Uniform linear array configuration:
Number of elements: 32
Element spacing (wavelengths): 1
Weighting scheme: binomial
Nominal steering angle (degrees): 15
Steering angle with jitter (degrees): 15.513
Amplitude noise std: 0.05
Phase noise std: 0.05

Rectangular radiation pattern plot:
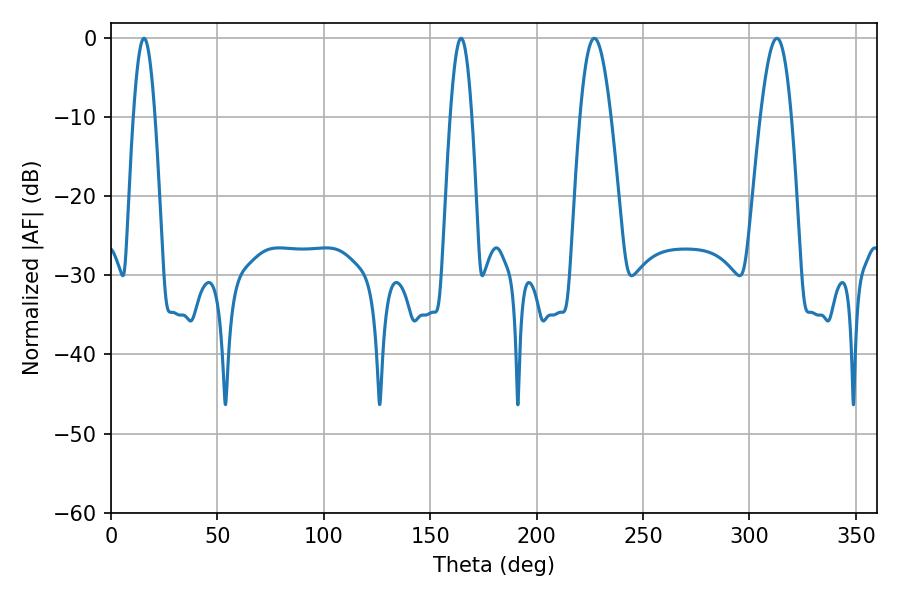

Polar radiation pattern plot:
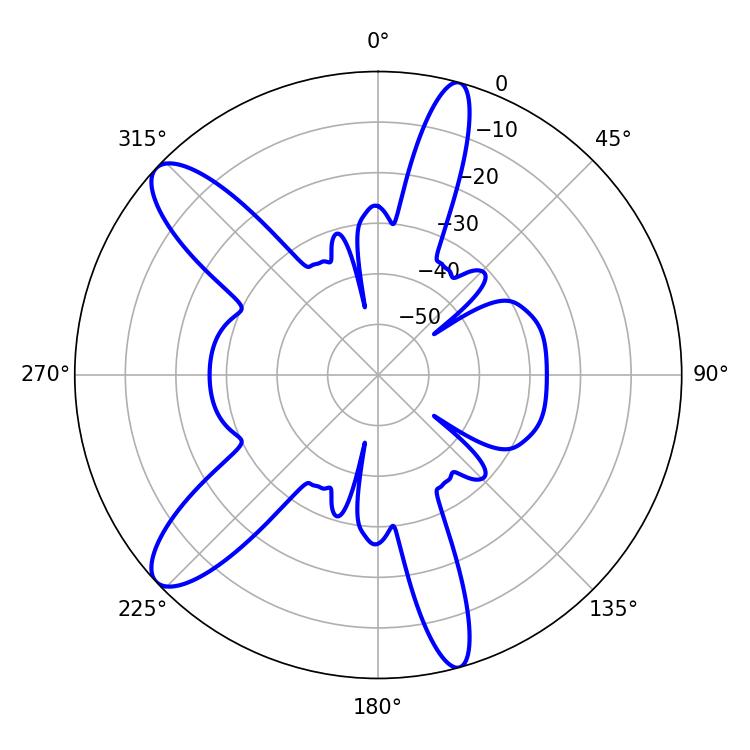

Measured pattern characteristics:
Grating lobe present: TRUE
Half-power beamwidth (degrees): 5.4
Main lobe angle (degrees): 15.48